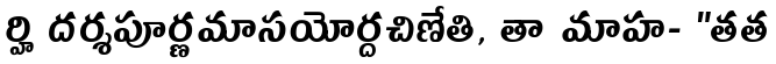
ర్హి దర్శపూర్ణమాసయోర్దచిణేతి, తా మాహ- "తత